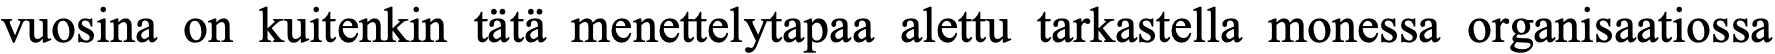
vuosina on kuitenkin tätä menettelytapaa alettu tarkastella monessa organisaatiossa